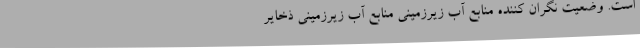
است. وضعیت نگران‌ کننده منابع آب زیرزمینی منابع آب زیرزمینی ذخایر